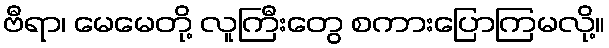
ဗီရာ၊ မေမေတို့ လူကြီးတွေ စကားပြောကြမလို့။